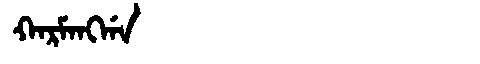
Manchu: ᡴᠠᡵᠮᠠᠩᡤᠠ
Romanization: KARMANGGA